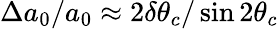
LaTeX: \Delta a_{0}/a_{0}\approx 2\delta\theta_{c}/\sin{2\theta_{c}}